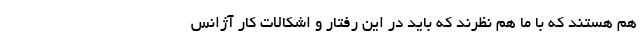
هم هستند که با ما هم نظرند که باید در این رفتار و اشکالات کار آژانس